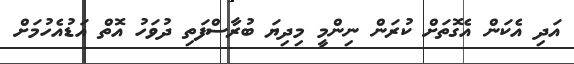
އަދި އެކަން އެގޮތަށް ކުރަން ނިންމީ މިދިޔަ ބުރާސްފަތި ދުވަހު އޮތް އަޑުއެހުމަށް